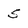
Character: 5